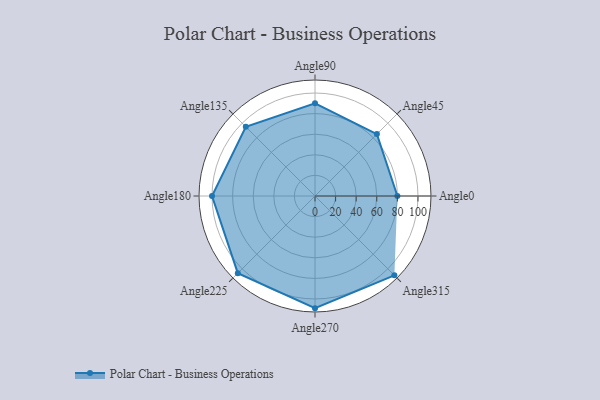
{"axis": {"x": "Angle", "y": "Radius"}, "legend": [""], "data": [{"x": "Angle0", "y": 80.0, "type": ""}, {"x": "Angle45", "y": 85.0, "type": ""}, {"x": "Angle90", "y": 90.0, "type": ""}, {"x": "Angle135", "y": 95.0, "type": ""}, {"x": "Angle180", "y": 100.0, "type": ""}, {"x": "Angle225", "y": 106.0, "type": ""}, {"x": "Angle270", "y": 109.0, "type": ""}, {"x": "Angle315", "y": 109.0, "type": ""}]}